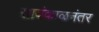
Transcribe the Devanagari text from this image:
सायंकाळनंतर